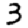
Digit: 3